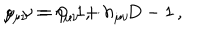
g _ { \mu \nu } = \eta _ { \mu \nu } + h _ { \mu \nu } \, \hspace { 1 c m } \mu , \nu = 0 , 1 , \cdots , D - 1 \, ,